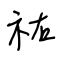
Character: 祐